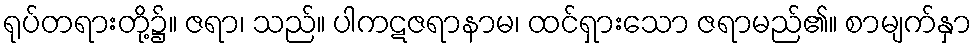
ရုပ်တရားတို့၌။ ဇရာ၊ သည်။ ပါကဋဇရာနာမ၊ ထင်ရှားသော ဇရာမည်၏။ စာမျက်နှာ